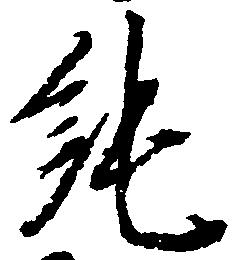
純